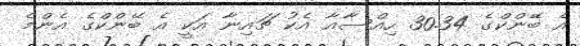
އެ ބޭންކްގެ 30.34 ހިއްސާއާ އެކު ޗައިނާ އަކީ އެ ބޭންކްގެ އެންމެ